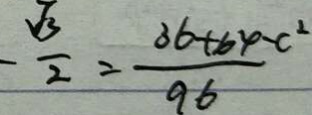
- \frac { \sqrt { 3 } } { 2 } = \frac { 3 6 + 6 4 - c ^ { 2 } } { 9 6 }